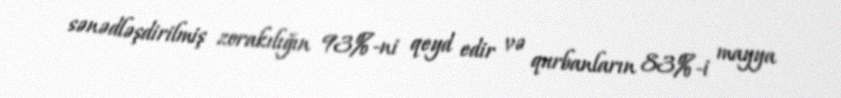
sənədləşdirilmiş zorakılığın 93%-ni qeyd edir və qurbanların 83%-i mayya